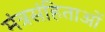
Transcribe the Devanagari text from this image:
मंत्रसंहिताओं